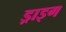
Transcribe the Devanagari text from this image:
ड्राइग